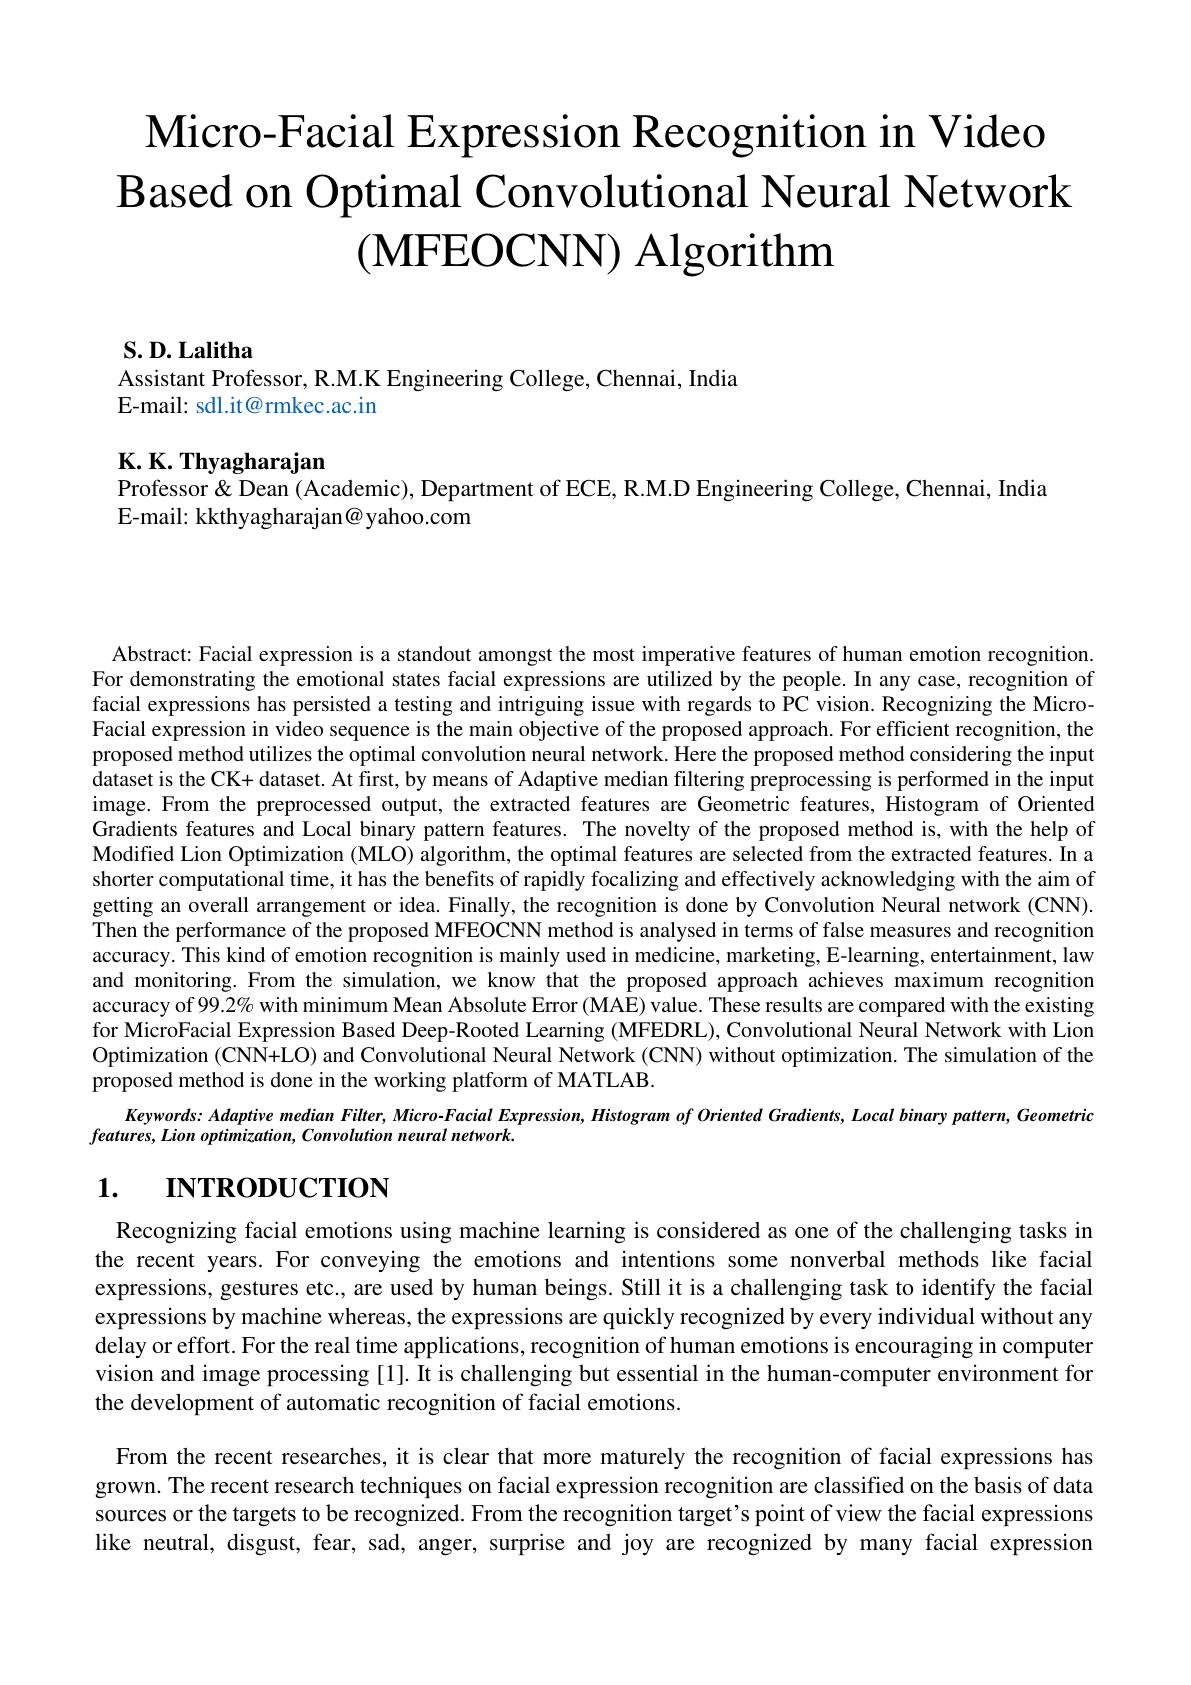
$\textbf{Micro- Facial Expression Recognition in Video}$
$\textbf{Based on Optimal Convolutional Neural Network}$
$( \textbf{MFEOCNN) Algorithm}$

$\mathbf{S.D.Lalitha}$

Assistant Professor, R.M.K Engineering College, Chennai, India
E-mail: sdl.it@rmkec.ac.in

K. K. Thyagharajan
Professor& Dean (Academic), Department of ECE, R.M.D Engineering College, Chennai, India
E-mail: kkthyagharajan@yahoo.com

Abstract: Facial expression is a standout amongst the most imperative features of human emotion recognition. For demonstrating the emotional states facial expressions are utilized by the people. In any case, recognition of facial expressions has persisted a testing and intriguing issue with regards to PC vision. Recognizing the MicroFacial expression in video sequence is the main objective of the proposed approach. For efficient recognition, the proposed method utilizes the optimal convolution neural network. Here the proposed method considering the input dataset is the CK+ dataset. At first, by means of Adaptive median filtering preprocessing is performed in the input image. From the preprocessed output, the extracted features are Geometric features, Histogram of Oriented Gradients features and Local binary pattern features. The novelty of the proposed method is, with the help of Modified Lion Optimization (MLO) algorithm, the optimal features are selected from the extracted features. In a shorter computational time, it has the benefits of rapidly focalizing and effectively acknowledging with the aim of getting an overall arrangement or idea. Finally, the recognition is done by Convolution Neural network (CNN). Then the performance of the proposed MFEOCNN method is analysed in terms of false measures and recognition accuracy. This kind of emotion recognition is mainly used in medicine, marketing, E-learning, entertainment, law and monitoring. From the simulation, we know that the proposed approach achieves maximum recognition accuracy of $99.2\%$ with minimum Mean Absolute Error (MAE) value. These results are compared with the existing for MicroFacial Expression Based Deep-Rooted Learning (MFEDRL), Convolutional Neural Network with Lion Optimization (CNN+LO) and Convolutional Neural Network (CNN) without optimization. The simulation of the proposed method is done in the working platform of MATLAB.
Keywords: Adaptive median Filter, Micro-Facial Expression, Histogram of Oriented Gradients, Local binary pattern, Geometric

$features,Lion~optimization,~Convolution~neural~network.$

# 1. INTRODUCTION

Recognizing facial emotions using machine learning is considered as one of the challenging tasks in the recent years. For conveying the emotions and intentions some nonverbal methods like facial expressions, gestures etc., are used by human beings. Still it is a challenging task to identify the facial expressions by machine whereas, the expressions are quickly recognized by every individual without any delay or effort. For the real time applications, recognition of human emotions is encouraging in computer vision and image processing [1]. It is challenging but essential in the human-computer environment for the development of automatic recognition of facial emotions.

From the recent researches, it is clear that more maturely the recognition of facial expressions has grown. The recent research techniques on facial expression recognition are classified on the basis of data sources or the targets to be recognized. From the recognition target's point of view the facial expressions like neutral, disgust, fear, sad, anger, surprise and joy are recognized by many facial expression